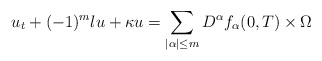
\begin{align*}&u_t+(-1)^m\l u+\kappa u=\sum_{|\alpha|\le m}D^\alpha f_\alpha(0,T)\times \Omega\end{align*}